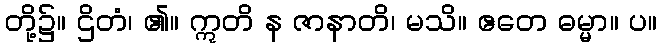
တို့၌။ ဌိတံ၊ ၏။ ဣတိ န ဇာနာတိ၊ မသိ။ ဧတေ ဓမ္မာ။ ပ။